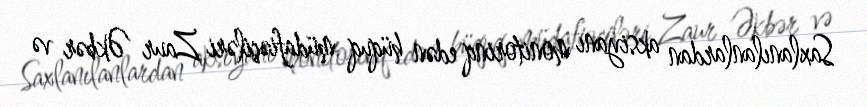
Saxlanılanlardan aksiyanı monitorinq edən hüquq müdafiəçiləri Zaur Əkbər və